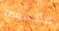
مندهشة